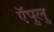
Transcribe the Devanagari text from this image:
ऍपुलु